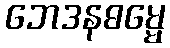
ဘေဒနဓမ္မေ